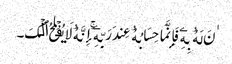
ٰنَ لَهُ ۥ بِهِۦ فَإِنَّمَا حِسَابُهُ ۥ عِندَ رَبِّهِۦۤ‌ۚ إِنَّهُ ۥ لَا یُفۡلِحُ ٱلۡکَ۔